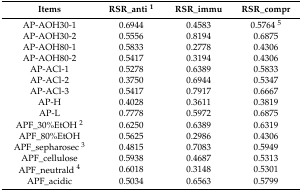
<table><thead><tr><td><b>Items</b></td><td><b>RSR_anti <sup>1</sup></b></td><td><b>RSR_immu</b></td><td><b>RSR_compr</b></td></tr></thead><tbody><tr><td>AP-AOH30-1</td><td>0.6944</td><td>0.4583</td><td>0.5764 <sup>5</sup></td></tr><tr><td>AP-AOH30-2</td><td>0.5556</td><td>0.8194</td><td>0.6875</td></tr><tr><td>AP-AOH80-1</td><td>0.5833</td><td>0.2778</td><td>0.4306</td></tr><tr><td>AP-AOH80-2</td><td>0.5417</td><td>0.3194</td><td>0.4306</td></tr><tr><td>AP-ACl-1</td><td>0.5278</td><td>0.6389</td><td>0.5833</td></tr><tr><td>AP-ACl-2</td><td>0.3750</td><td>0.6944</td><td>0.5347</td></tr><tr><td>AP-ACl-3</td><td>0.5417</td><td>0.7917</td><td>0.6667</td></tr><tr><td>AP-H</td><td>0.4028</td><td>0.3611</td><td>0.3819</td></tr><tr><td>AP-L</td><td>0.7778</td><td>0.5972</td><td>0.6875</td></tr><tr><td>APF_30%EtOH <sup>2</sup></td><td>0.6250</td><td>0.6389</td><td>0.6319</td></tr><tr><td>APF_80%EtOH</td><td>0.5625</td><td>0.2986</td><td>0.4306</td></tr><tr><td>APF_sepharosec <sup>3</sup></td><td>0.4815</td><td>0.7083</td><td>0.5949</td></tr><tr><td>APF_cellulose</td><td>0.5938</td><td>0.4687</td><td>0.5313</td></tr><tr><td>APF_neutrald <sup>4</sup></td><td>0.6018</td><td>0.3148</td><td>0.5301</td></tr><tr><td>APF_acidic</td><td>0.5034</td><td>0.6563</td><td>0.5799</td></tr></tbody></table>